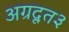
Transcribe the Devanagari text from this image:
अग्रदूत३